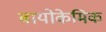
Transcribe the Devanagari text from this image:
बायोकेमिक